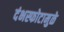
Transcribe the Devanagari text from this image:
दंभस्फोटामुळे